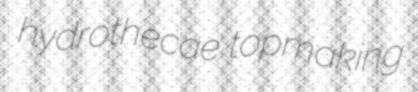
hydrothecae topmaking